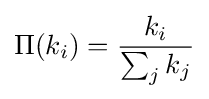
\Pi (k_{i})={\frac {k_{i}}{\sum _{j}k_{j}}}